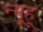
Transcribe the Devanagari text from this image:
न्यूहू